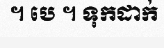
។ បេ ។ ទុកដាក់